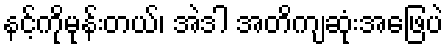
နင့်ကိုမုန်းတယ်၊ အဲဒါ အတိကျဆုံးအဖြေပဲ